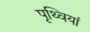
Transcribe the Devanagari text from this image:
पृथ्वियां